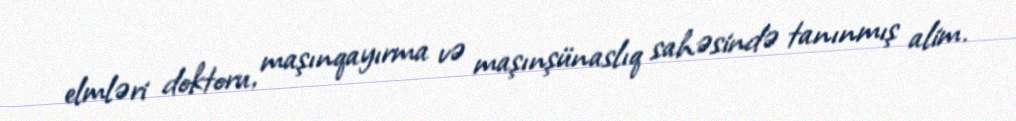
elmləri doktoru, maşınqayırma və maşınşünaslıq sahəsində tanınmış alim.